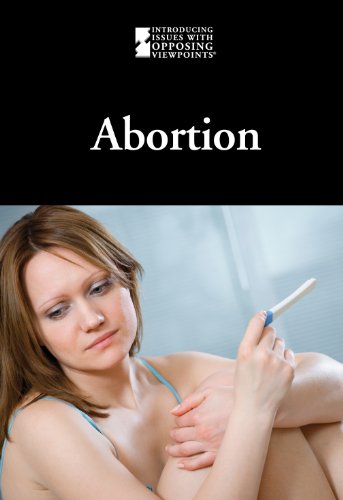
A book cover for Abortion (Introducing Issues With Opposing Viewpoints); Noel Merino; Teen & Young Adult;